Annual statistical returns and brief notes on vaccination in Bengal - 1909-1929
Year: 1909
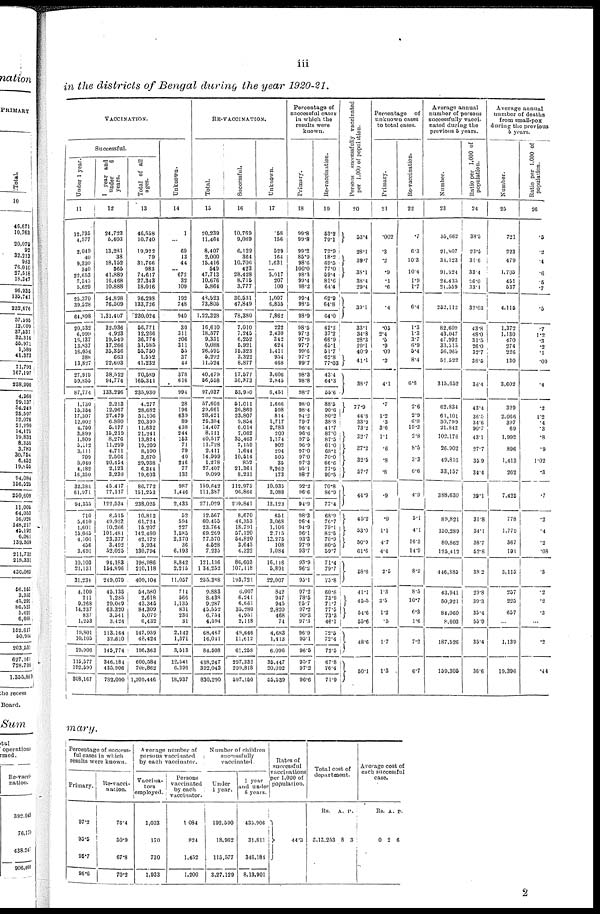
iii
in the districts of Bengal during the year 1920-21.
VACCINATION.
Successful.
Under 1 year.
11
12,735
4,577
2,049
40
9,330
340
22,653
7,545
5,629
25,370
39,528
64,898
20,532
6,999
16,137
13,837
16,054
388
13,827
27,919
59,855
87,774
1,730
15,354
17,307
12,002
4,750
3,899
1,809
5,112
3,111
709
8,040
4,182
16,350
32,384
61,971
94,355
710
5,610
1,601
15,065
4,101
456
3,691
10,103
21,131
31,234
4,100
211
9,268
14,237
837
1,253
19,801
10,105
29,906
115,577
192,590
308,167
1 year and
under
6
years.
12
24,723
5,403
13,281
38
18,152
565
41,889
16,468
10,888
54,898
76,509
1,31,407
32,936
4,923
19,549
17,266
35,356
663
22,603
38,522
94,774
133,296
2,213
12,967
27,479
6,880
5,177
15,219
8,276
11,299
4,711
2,506
20,454
2,123
3,230
45,417
77,117
122,534
8,515
49,923
10,266
101,481
23,377
3,492
52,025
94,183
154,896
249,079
45,135
1,235
29,069
63,320
3,541
3,424
113,164
32,610
145,774
346,184
435,906
782,090
Total of all
ages.
13
46,558
10,740
19,922
79
31,766
983
74,617
27,343
18,016
96,298
133,726
230,024
56,771
12,266
36,774
31,585
55,750
1,552
41,232
70,589
165,341
235,930
4,277
28,682
51,106
20,399
11,632
21,241
13,824
19,209
8,100
3,670
29,938
6,344
19,603
86,772
151,253
238,025
10,813
61,724
16,207
142,460
42,172
5,934
130,794
198,986
210,118
409,104
54,580
2,618
43,345
84,309
5,079
6,432
147,939
48,424
196,363
600,584
708,862
1,309,446
Unknown.
14
1
...
69
13
44
... 672
32
109
192
748
940
30
311
206
311
55
37
44
378
616
994
28
196
639
89
438
244
163
71
79
40
246
77
133
987
1,446
2,433
52
594
227
1,585
2,370
36
6,193
8,842
2,215
11,057
714
566
1,135
831
236
31
2,142
1,371
3,513
12,541
6,396
18,937
RE-VACCINATION.
Total.
15
20,239
11,464
8,407
2,000
15,416
549
47,713
10,676
5,864
48,523
73,805
1,22,328
16,610
18,577
9,351
9,088
26,595
5,292
11,524
40,479
56,558
97,037
57,606
29,661
28,421
25,384
14,407
8,111
40,517
11,728
2,411
14,999
1,278
27,407
9,099
159,842
111,387
271,029
12,567
60,455
23,764
69,269
77,570
4,528
7,235
121,136
1,34,252
255,388
9,883
8,438
9,287
45,552
6,754
4,594
68,467
16,041
84,508
438,247
392,043
830,290
Successful.
16
10,769
9,069
6,129
364
10,706
423
28,428
8,715
3,777
30,531
47,849
78,380
7,010
7,245
6,252
5,921
15,323
3,322
8,877
17,577
36,373
53,950
51,011
26,869
23,807
9,854
6,014
7,062
35,463
7,159
1,644
10,514
852
21,361
8,231
112,975
96,866
209,841
8,670
46,353
18,791
57,120
54,820
3,645
4,322
86,603
107,118
193,721
6,007
6,241
6,661
35,280
4,951
2,118
49,646
11,612
61,258
297,332
299,818
597,150
Unknown.
17
58
156
529
164
1,631
...
5,017
207
100
1,007
6,855
7,862
222
2,430
342
624
1,411
954
468
3,606
2,845
6,451
1,666
598
814
1,717
2,783
200
1,174
902
294
505
35
2,262
173
10,035
3,088
13,123
651
3,068
1,106
2,715
13,275
108
1,084
16,116
5,891
22,007
842
947
945
2,820
468
74
4,683
1,413
6,096
35,447
20,092
55,539
Percentage of
successful cases
in which the
results were
known.
Primary.
18
99.8
99.8
99.2
85.9
98.6
100.0
98.3
99.4
98.2
99.4
98.5
98.9
98.5
97.3
97.9
97.7
99.6
97.7
99.7
98.3
98.8
98.7
98.0
98.4
94.2
79.7
96.4
96.6
97.5
96.9
97.0
97.0
97.3
95.1
98.7
92.2
96.6
94.9
98.3
96.4
94.9
96.1
93.3
97.9
93.7
93.9
96.2
95.1
97.2
78.5
95.7
97.2
90.3
97.3
96.9
95.1
96.5
95.7
97.2
96.6
Re-vaccination.
19
53.2
79.1
72.9
18.2
69.5
77.0
59.4
81.6
64.4
62.9
64.8
64.0
42.2
37.2
66.9
65.1
51.7
62.8
77.03
43.4
64.3
55.6
88.5
90.6
80.2
38.8
41.7
87.0
87.5
61.0
68.1
70.0
66.6
77.9
90.5
70.8
86.9
77.4
68.9
76.7
79.1
82.5
70.9
80.5
59.7
71.4
79.7
75.8
60.8
73.9
71.7
77.5
73.3
46.1
72.5
72.4
72.5
67.8
76.4
71.9
Persons successfully vaccinated
per 1,000 of population.
20
53.4
28.1
39.7
38.1
38.4
29.4
39.1
33.1
34.8
28.3
29.1
40.9
41.1
38.7
77.9
44.8
33.9
73.2
32.7
37.2
32.5
57.7
44.9
45.2
53.0
50.9
61.6
58.6
41.1
45.5
54.6
55.6
48.6
50.1
Percentage of
unknown cases
to total cases.
Primary.
21
.002
.3
.2
.9
.1
.6
.4
.05
2.4
.5
.9
.09
.2
4.1
.7
1.2
.3
3.6
1.1
.6
.8
.8
.9
.9
1.1
4.7
4.4
2.5
1.3
3.5
1.2
.5
1.7
1.3
Re-vaccination.
22
.7
6.3
10.3
10.4
1.9
1.7
6.4
1.3
1.3
3.7
6.9
5.4
8.4
6.6
2.6
2.9
6.8
19.3
2.8
8.5
3.3
6.6
4.9
5.1
4.1
16.3
14.9
8.9
8.5
10.7
6.3
1.6
7.2
6.7
Average annual
number of persons
successfully vacci-
nated during the
previous 5 years.
Number.
23
55,662
21,807
34,123
91,524
24,435
21,559
352,112
82,609
43,047
47,992
33,515
56,965
51,522
315,652
62,834
61,101
30,799
21,842
102,176
26,902
49,816
33,157
388,630
89,821
150,289
80,862
125,412
446,385
43,941
50,921
84,060
8,603
187,526
159,305
Ratio per 1,000 of
population.
24
38.5
23.5
31.6
33.4
26.0
33.1
32.03
43.8
48.0
31.5
26.0
32.7
38.5
36.4
43.4
36.5
34.6
90.7
43.1
27.7
35.9
34.4
39.1
31.8
34.1
38.7
52.8
38.2
29.8
39.3
35.4
55.9
35.4
36.6
Average annual
number of deaths
from small-pox
during the previous
5 years.
Number.
25
721
223
479
1,705
451
537
4,115
1,372
1,130
470
274
226
130
3,602
329
2,066
397
69
1,992
896
1,413
262
7,425
778
1,779
367
191
3,115
257
225
657
...
1,139
19,396
Ratio per 1,000 of
population.
26
.5
.2
.4
.6
.5
.7
.5
.7
1.2
.3
.2
.1
.09
.4
.2
1.2
.4
.3
.8
.9
1.02
.3
.7
.2
.4
.2
.08
.3
.2
.2
.3
...
.2
.44
mary.
Percentage of success-
ful cases in which
results were known.
Primary.
97.2
95.5
96.7
96.6
Re-vacci¬
nation.
76.4
50.9
67.8
70.2
Average number of
persons vaccinated
by each vaccinator.
Vaccina-
tors
employed.
1,033
170
730
1,933
Persons
vaccinated
by each
vaccinator.
1,084
824
1,452
1,200
Number of children
successfully
vaccinated.
Under
1 year.
192,590
18,962
115,577
3,27,129
1 year
and under
6 years.
435,906
31,811
346,184
8,13,901
Rates of
successful
vaccinations
per 1,000 of
population.
44.3
Total cost of
department.
Rs.
3,13,253
A.
8
P.
3
Average cost of
each successful
case.
Rs.
0
A
2
. P.
6
2